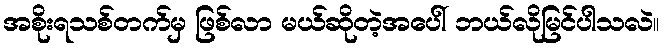
အစိုးရသစ်တက်မှ ဖြစ်လာ မယ်ဆိုတဲ့အပေါ် ဘယ်လိုမြင်ပါသလဲ။